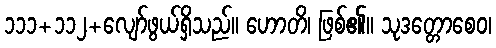
၁၁၁+၁၁၂+လျော်ဖွယ်ရှိသည်။ ဟောတိ၊ ဖြစ်၏။ သုဒတ္တောစေဝ၊